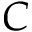
C